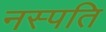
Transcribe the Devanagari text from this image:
नस्पति